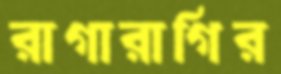
রাগারাগির